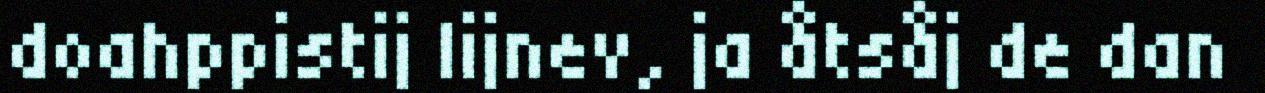
doahppistij lijnev, ja åtsåj de dan